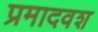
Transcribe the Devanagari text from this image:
प्रमादवश